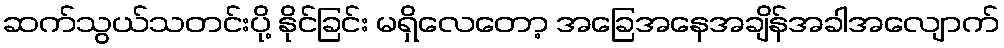
ဆက်သွယ်သတင်းပို့ နိုင်ခြင်း မရှိလေတော့ အခြေအနေအချိန်အခါအလျောက်